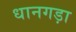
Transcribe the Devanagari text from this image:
धानगड़ा